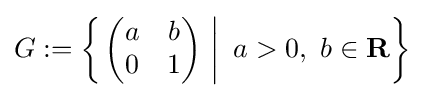
G:=\left\{\left.{\begin{pmatrix}a&b\\0&1\end{pmatrix}}\ \right|\ a>0,\ b\in \mathbf {R} \right\}